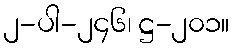
၂-ပါ-၂၄၆၊ ဋ္ဌ-၂၀၁။